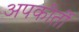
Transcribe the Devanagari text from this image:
अपकीर्ती